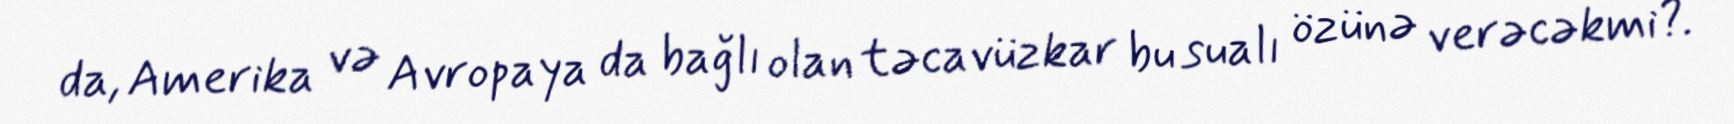
da, Amerika və Avropaya da bağlı olan təcavüzkar bu sualı özünə verəcəkmi?.